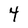
Character: 4